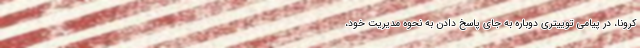
کرونا، در پیامی توییتری دوباره به جای پاسخ دادن به نحوه مدیریت خود،